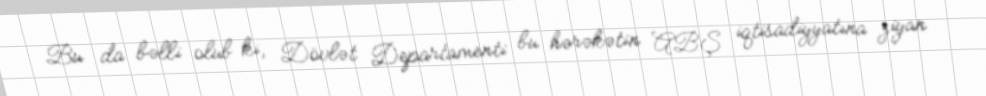
Bu da bəlli olub ki, Dövlət Departamenti bu hərəkətin ABŞ iqtisadiyyatına ziyan